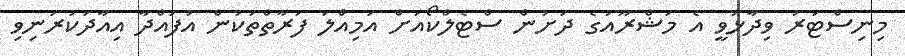
މިނިސްޓަރު ވިދާޅުވީ އެ މަޝްރޫއުގެ ދަށުން ސްޓެލްކޯއަށް އަމިއްލަ ފަރާތްތަކުން އުފައްދާ އިއާދަކުރަނިވި